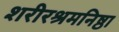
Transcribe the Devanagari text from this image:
शरीरश्रमनिष्ठा